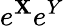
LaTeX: e^{\mathbf{X}}e^{Y}